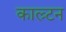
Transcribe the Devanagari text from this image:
काल्र्टन